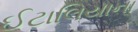
ઈટાલિયાના